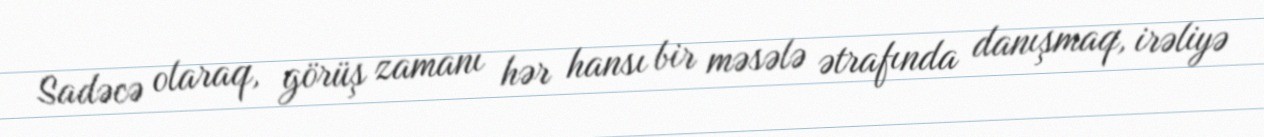
Sadəcə olaraq, görüş zamanı hər hansı bir məsələ ətrafında danışmaq, irəliyə